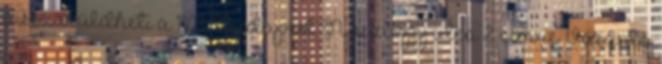
visszaküldheti a 1103 Budapest Noszlopy utca 2. címre. Vásárló